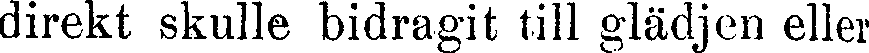
direkt skulle bidragit till glädjen eller